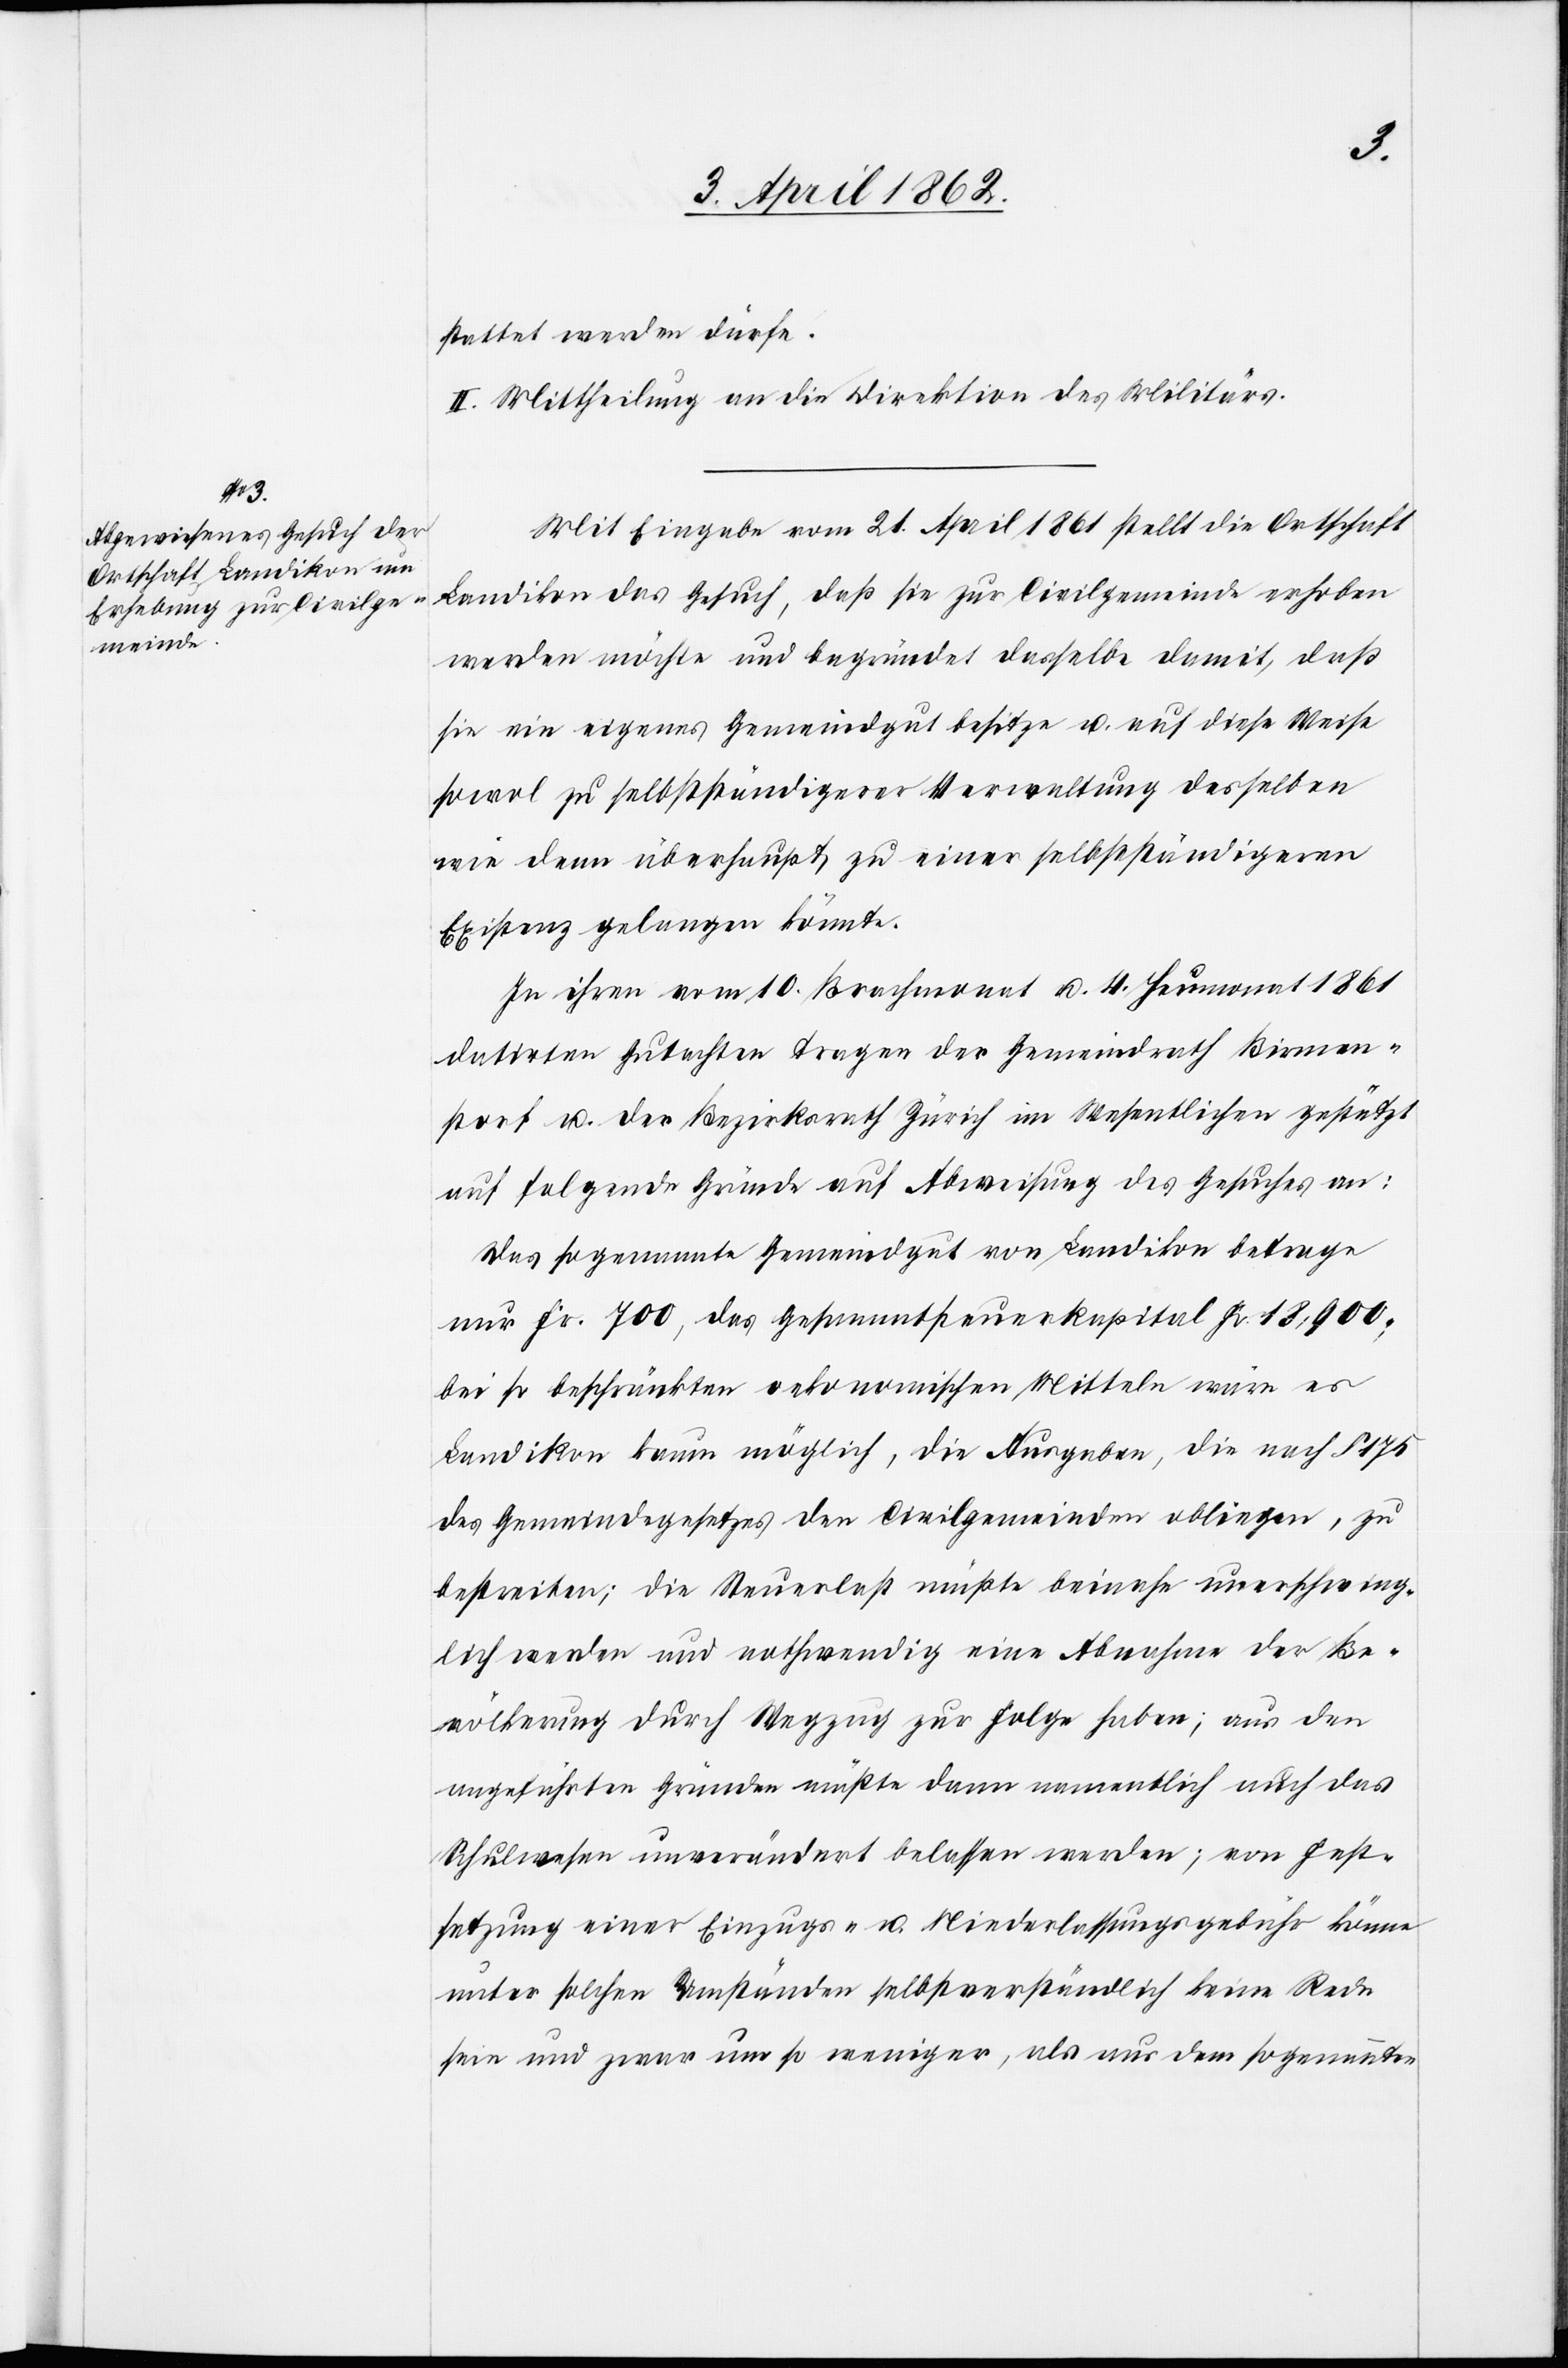
stattet werden dürfe.
II. Mittheilung an die Direktion des Militärs.
Mit Eingabe vom 21. April 1861 stellt die Ortschaft
Landikon das Gesuch, daß sie zur Civilgemeinde erhoben
werden möchte und begründet dasselbe damit, daß
sie ein eigenes Gemeindgut besitze u. auf diese Weise
sowol zu selbstständigerer Verwaltung desselben
wie denn überhaupt zu einer selbstständigeren
Existenz gelangen könnte.
In ihren vom 10. Brachmonat u. 4. Heumonat 1861
datirten Gutachten tragen der Gemeindrath Birmen¬
storf u. der Bezirksrath Zürich im Wesentlichen gestützt
auf folgende Gründe auf Abweisung des Gesuches an:
Das sogenannte Gemeindgut von Landikon betrage
nur Fr. 700, das Gesammtsteuerkapital Fr. 18,900,
bei so beschränkten oekonomischen Mitteln wäre es
Landikon kaum möglich, die Ausgaben, die nach §. 175
des Gemeindegesetzes den Civilgemeinden obliegen, zu
bestreiten; die Steuerlast müßte beinahe unerschwing¬
lich werden und nothwendig eine Abnahme der Be¬
völkerung durch Wegzug zur Folge haben; aus den
angeführten Gründen müßte dann namentlich auch das
Schulwesen unverändert belassen werden; von Fest¬
setzung einer Einzugs- u. Niederlassungsgebühr könne
unter solchen Umständen selbstverständlich keine Rede
sein und zwar um so weniger, als aus dem sogenannten